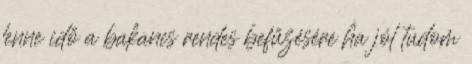
lenne idő a bakancs rendes befűzésére ha jól tudom